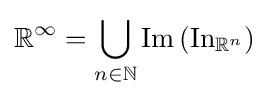
\mathbb {R} ^{\infty }=\bigcup _{n\in \mathbb {N} }\operatorname {Im} \left(\operatorname {In} _{\mathbb {R} ^{n}}\right)